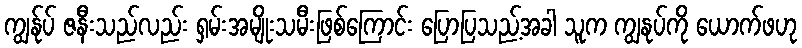
ကျွန်ုပ် ဇနီးသည်လည်း ရှမ်းအမျိုးသမီးဖြစ်ကြောင်း ပြောပြသည့်အခါ သူက ကျွနုပ်ကို ယောက်ဖဟု